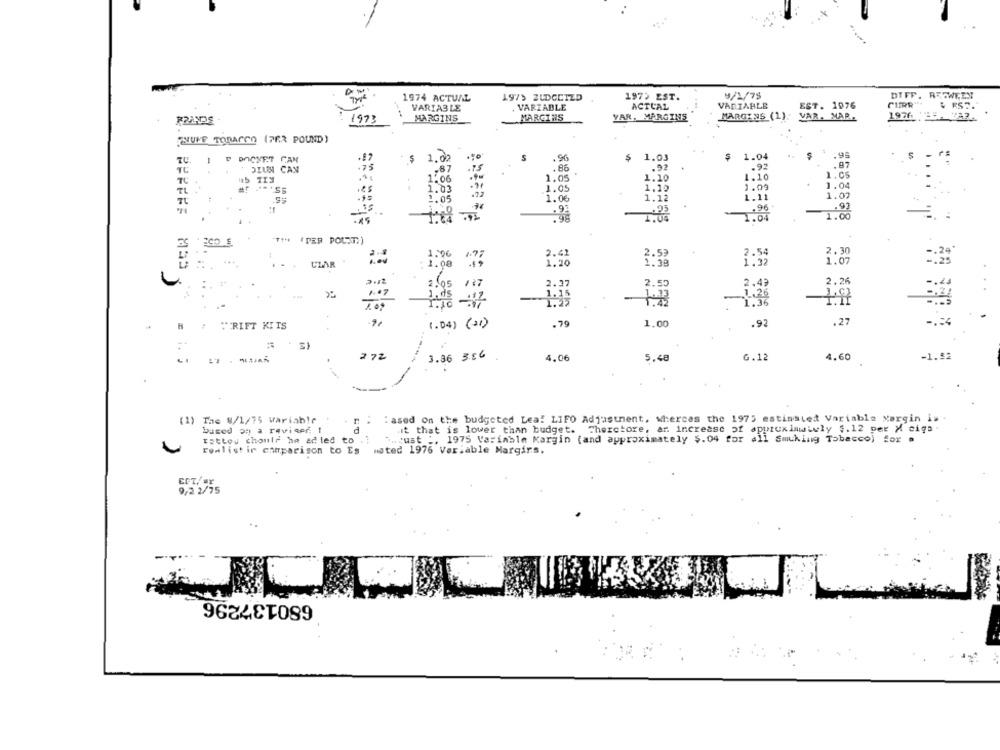
1974 ACTUAL
197> ZUDGCIZD
1975 EST.
9/1/75
DIFF. RETWEEX
. VARIABLE
ACTUAL
VARIABLE
EST. 1976
VARIABLE
1973
MARGINS
MARGINS
YAR, MARGINS
MARGINS (1).
VAR. MAR.
1976. 25-2-36
NUFF TOBACCO (PER POUND)
P DOCHET CAN
$ 1.02
S
$ 1.03
$ 1.04
TU
1
.92
.92
.97
DIUN CAN
.67
.86
TC
1.06
1.05
1.10
1.10
1.05
1.03
1.05
1.15
1.09
1.04
TL
1.11
1.07
1.05
1.06
-
.97
T: 23
.90
1.00
"""" "PER POUST) )
3
1.506
2.30
2.42
1:38
1:32
1.07
...
ULAR
1.08
2:12
2. 05
127
2.49
2.26
1 .. 7
2.27
1.26
1. 25
1.97
1.16
1.04) (+1)
1.00
.92
.27
RIFT KITS
.79
2 72
3.86 3.56
4.06
5,48
6.12
4.60
-1.52
(1) The 8/1/75 variable
:ased on the budgeted Lea! LIFO Adjustment, whereas the 1975 estissted Variable Margin is
it that is lower than budget. Theretore, ar. increase of approximately $.12 per M cigs -
based on a reviqof t
Tattou chonle ha ad led to . :
just ., 1975 Variable Margin (and approximately $.04 for all Sucking Tobacco) for a
Femlist in comparison to Es mated 1976 Variable Margirs.
ECT. Fr
9/2 2/75
680137296